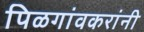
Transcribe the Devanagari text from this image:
पिळगांवकरांनी